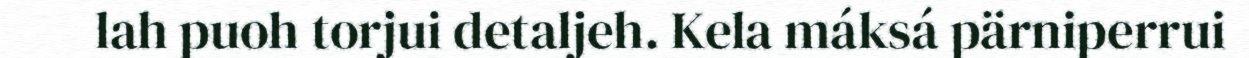
lah puoh torjui detaljeh. Kela máksá pärniperrui